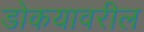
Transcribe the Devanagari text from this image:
डोकयावरील